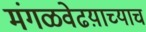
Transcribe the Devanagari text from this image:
मंगळवेढय़ाच्याच